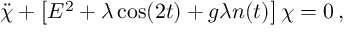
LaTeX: \ddot { \chi } + \left[ E ^ { 2 } + \lambda \cos ( 2 t ) + g \lambda n ( t ) \right] \chi = 0 \, ,